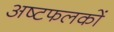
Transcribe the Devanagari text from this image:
अष्टफलकों